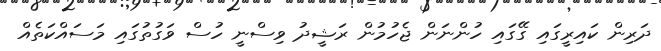
ދަރިން ކައިރީގައި ގޭގައި ހުންނަން ޖެހުމުން ރަޝީދު ވިސްނީ ހުސް ވަގުތުގައި މަސައްކަތެއް